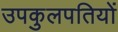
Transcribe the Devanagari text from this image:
उपकुलपतियों